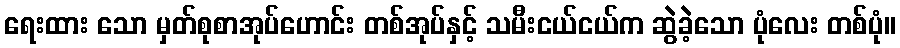
ရေးထား သော မှတ်စုစာအုပ်ဟောင်း တစ်အုပ်နှင့် သမီးငယ်ငယ်က ဆွဲခဲ့သော ပုံလေး တစ်ပုံ။